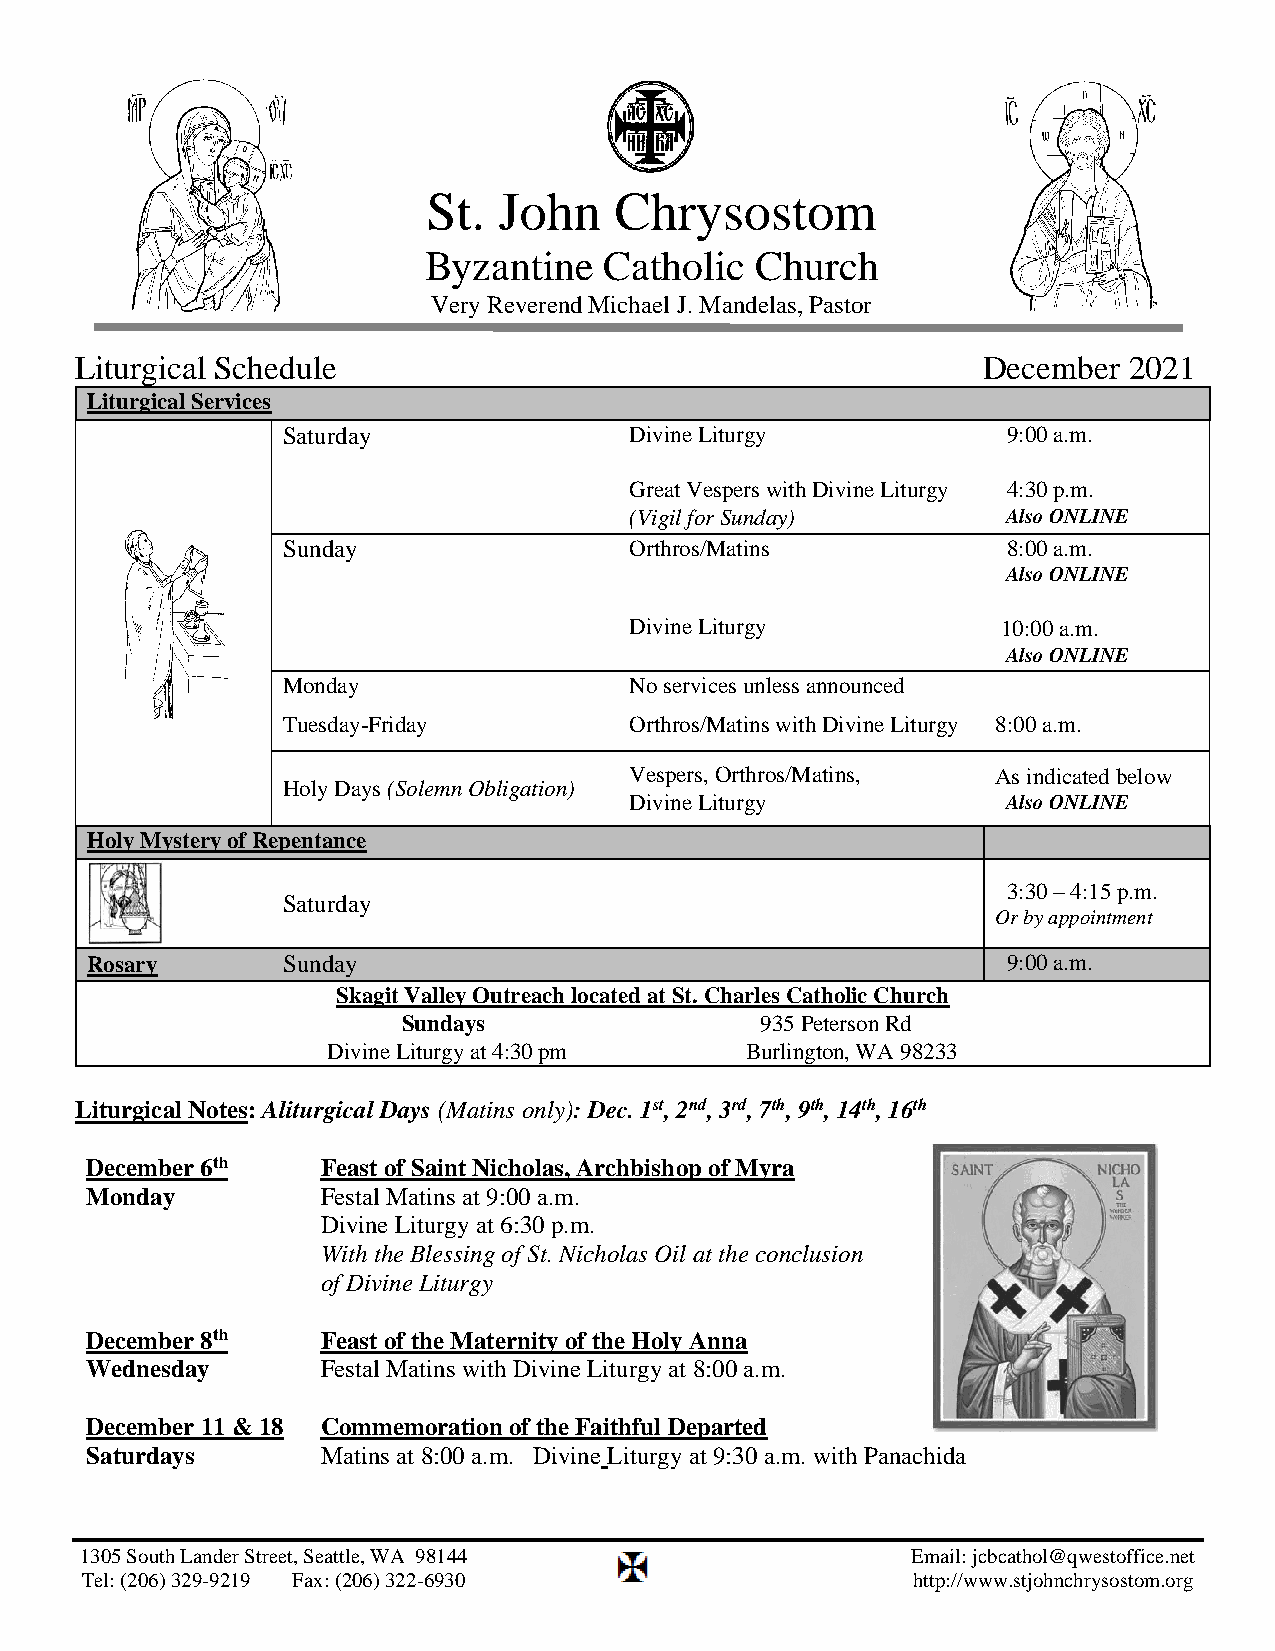
St.  John    Chrysostom
 Byzantine   Catholic  Church
 Very Reverend Michael J. Mandelas, Pastor
 Liturgical Schedule                                         December  2021
 Liturgical Services
 Saturday               Divine Liturgy           9:00 a.m.
 Great Vespers with Divine Liturgy 4:30 p.m.
 (Vigil for Sunday)       Also ONLINE
 Sunday                 Orthros/Matins           8:00 a.m.
 Also ONLINE
 Divine Liturgy          10:00 a.m.
 Also ONLINE
 Monday                 No services unless announced
 Tuesday-Friday         Orthros/Matins with Divine Liturgy 8:00 a.m.
 Vespers, Orthros/Matins, As indicated below
 Holy Days (Solemn Obligation)
 Divine Liturgy           Also ONLINE
 Holy Mystery of Repentance
 3:30 – 4:15 p.m.
 Saturday
 Or by appointment
 Rosary       Sunday                                          9:00 a.m.
 Skagit Valley Outreach located at St. Charles Catholic Church
 Sundays                935 Peterson Rd
 Divine Liturgy at 4:30 pm  Burlington, WA 98233
 Liturgical Notes: Aliturgical Days (Matins only): Dec. 1st, 2nd, 3rd, 7th, 9th, 14th, 16th
 December 6th   Feast of Saint Nicholas, Archbishop of Myra
 Monday         Festal Matins at 9:00 a.m.
 Divine Liturgy at 6:30 p.m.
 With the Blessing of St. Nicholas Oil at the conclusion
 of Divine Liturgy
 December 8th   Feast of the Maternity of the Holy Anna
 Wednesday      Festal Matins with Divine Liturgy at 8:00 a.m.
 December 11 & 18 Commemoration of the Faithful Departed
 Saturdays      Matins at 8:00 a.m. Divine Liturgy at 9:30 a.m. with Panachida
 1305 South Lander Street, Seattle, WA 98144            Email: jcbcathol@qwestoffice.net
 Tel: (206) 329-9219 Fax: (206) 322-6930                http://www.stjohnchrysostom.org